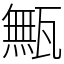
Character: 甒